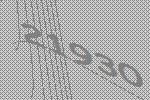
21930